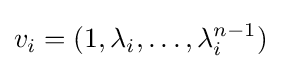
v_{i}=(1,\lambda _{i},\ldots ,\lambda _{i}^{n-1})